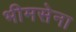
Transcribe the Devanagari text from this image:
भीमसेना